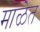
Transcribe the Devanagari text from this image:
माळेत